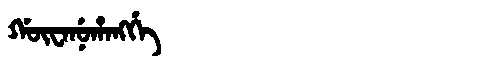
Manchu: ᡤᡡᠸᠠᠨᡠᡥᠠᠩᡤᡝ
Romanization: GŪWANUHANGGE